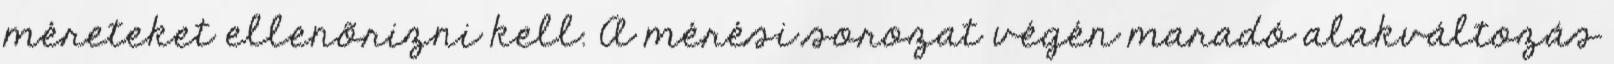
méreteket ellenõrizni kell. A mérési sorozat végén maradó alakváltozás